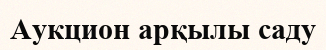
Аукцион арқылы саду